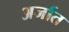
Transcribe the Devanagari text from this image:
अर्जात